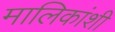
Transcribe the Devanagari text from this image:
मालिकांशी